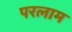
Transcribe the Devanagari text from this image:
परलाम